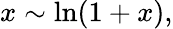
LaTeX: x\sim\ln(1+x),